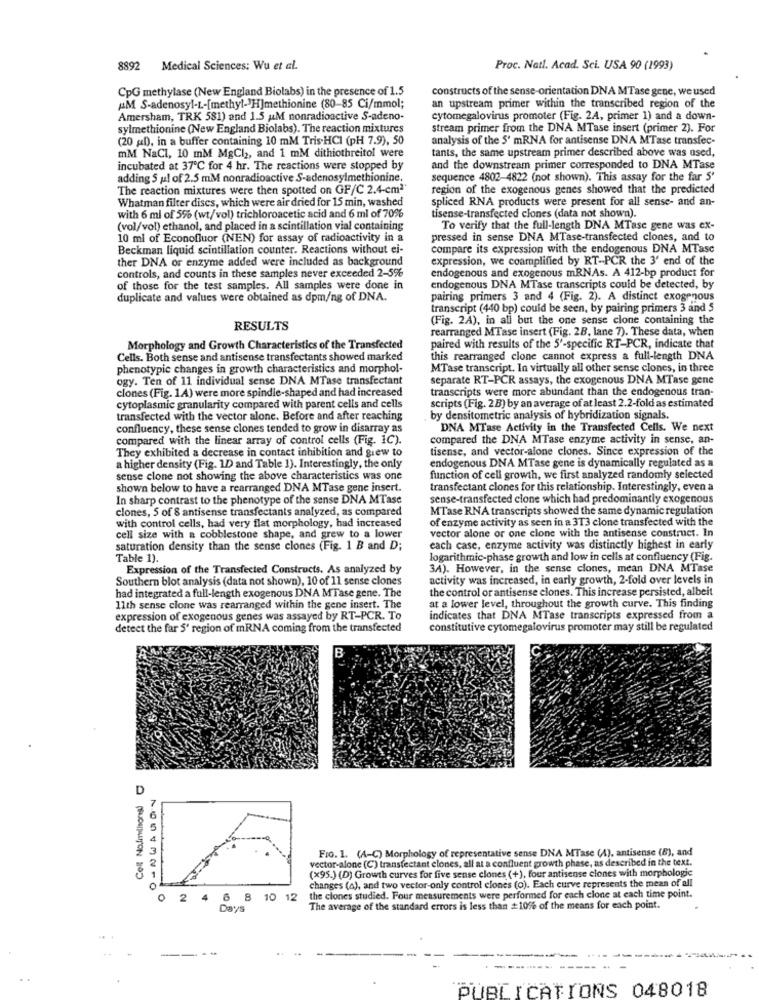
8892 Medical Sciences: Wu et al.
Proc. Natl. Acad. Sci. USA 90 (1993)
CpG methylase (New England Biolabs) in the presence of 1.5
constructs of the sense-orientation DNA MTase gene, we used
AM S-adenosyl-L-[methyl->H]methionine (80-85 Ci/mmol;
an upstream primer within the transcribed region of the
Amersham, TRK 581) and 1.5 u.M nonradioactive S-adeno-
cytomegalovirus promoter (Fig. 2A, primer 1) and a down-
sylmethionine (New England Biolabs). The reaction mixtures
stream primer from the DNA MTase insert (primer 2). For
(20 gl), in a buffer containing 10 mM Tris HCI (pH 7.9), 50
analysis of the 5' mRNA for antisense DNA MTase transfec-
mM NaCI, 10 mM MgCl2, and 1 mM dithiothreitol were
tants, the same upstream primer described above was used,
incubated at 37℃ for 4 hr. The reactions were stopped by
and the downstream primer corresponded to DNA MTase
adding 5 ul of 2.5 mM nonradioactive S-adenosylmethionine.
sequence 4802-4822 (not shown). This assay for the far S'
The reaction mixtures were then spotted on GF/C 2.4-cm2'
region of the exogenous genes showed that the predicted
Whatman filter discs, which were air dried for 15 min, washed
spliced RNA products were present for all sense- and an-
with 6 ml of 5% (wt/vol) trichloroacetic acid and 6 ml of 70%
tisense-transfected clones (data not shown).
(vol/vol) ethanol, and placed in a scintillation vial containing
To verify that the full-length DNA MTase gene was ex-
10 ml of Econofluor (NEN) for assay of radioactivity in a
pressed in sense DNA MTase-transfected clones, and to
Beckman liquid scintillation counter. Reactions without ci-
compare its expression with the endogenous DNA MTasc
ther DNA or enzyme added were included as background
expression, we coamplified by RT-PCR the 3' end of the
controls, and counts in these samples never exceeded 2-5%
endogenous and exogenous mRNAs. A 412-bp product for
of those for the test samples. All samples were done in
endogenous DNA MTase transcripts could be detected, by
duplicate and values were obtained as dpm/ng of DNA.
pairing primers 3 and 4 (Fig. 2). A distinct exogenous
transcript (440 bp) could be seen, by pairing primers 3 and 5
(Fig. 2A), in all but the one sense clone containing the
RESULTS
rearranged MTase insert (Fig. 2B, lane 7). These data, when
Morphology and Growth Characteristics of the Transfected
paired with results of the 5'-specific RT-PCR, indicate that
Cells. Both sense and antisense transfectants showed marked
this rearranged clone cannot express a full-length DNA
phenotypic changes in growth characteristics and morphol-
MTase transcript. In virtually all other sense clones, in three
ogy. Ten of 11 individual sense DNA MTase transfectant
separate RT-PCR assays, the exogenous DNA MTase gene
clones (Fig. 1.A) were more spindle-shaped and had increased
transcripts were more abundant than the endogenous tran-
cytoplasmic granularity compared with parent cells and cells
scripts (Fig. 2 B) by an average of at least 2.2-fold as estimated
transfected with the vector alone. Before and after reaching
by densitometric analysis of hybridization signals.
confluency, these sense clones tended to grow in disarray as
DNA MTase Activity in the Transfected Cells. We next
compared with the linear array of control cells (Fig. 1C).
compared the DNA MTase enzyme activity in sense, an-
tisense, and vector-alone clones. Since expression of the
They exhibited a decrease in contact inhibition and grew to
endogenous DNA MTase gene is dynamically regulated as a
a higher density (Fig. 1D and Table 1). Interestingly, the only
sense clone not showing the above characteristics was one
function of cell growth, we first analyzed randomly selected
shown below to have a rearranged DNA MTase gene insert.
transfectant clones for this relationship. Interestingly, even a
In sharp contrast to the phenotype of the sense DNA MTase
sense-transfected clone which had predominantly exogenous
clones, 5 of 8 antisense transfectants analyzed, as compared
MTase RNA transcripts showed the same dynamic regulation
with control cells, had very flat morphology, had increased
of enzyme activity as seen in a 3T3 clone transfected with the
vector alone or one clone with the antisense construct. In
cell size with a cobblestone shape, and grew to a lower
saturation density than the sense clones (Fig. 1 B and D;
each case, enzyme activity was distinctly highest in early
Table 1).
logarithmic-phase growth and low in cells at confluency (Fig.
Expression of the Transfected Constructs. As analyzed by
34). However, in the sense clones, mean DNA MTase
Southern blot analysis (data not shown), 10 of 11 sense clones
activity was increased, in early growth, 2-fold over levels in
the control or antisense clones. This increase persisted, albeit
had integrated a full-length exogenous DNA MTase gene. The
11th sense clone was rearranged within the gene insert. The
at a lower level, throughout the growth curve. This finding
expression of exogenous genes was assayed by RT-PCR. To
indicates that DNA MTase transcripts expressed from a
detect the far 5' region of mRNA coming from the transfected
constitutive cytomegalovirus promoter may still be regulated
D
Fio. 1. (A-C) Morphology of representative sense DNA MTase (4), antisense (B), and
vector-alone (C) transfectant clones, all at a confluent growth phase, as described in the text.
(x95.) (D) Growth curves for five sense clones (+), four antisense clones with morphologie
changes (a), and two vector-only control clones (o). Each curve represents the mean of all
76543210
0
2 4 6 8
10 12
the clones studied. Four measurements were performed for each clone at each time point.
Days
The average of the standard errors is less than #10% of the means for each point.
PUBLICATIONS 048018